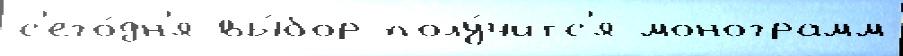
с'его́дн'я вы́бор полу́читс'я монограмм